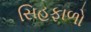
સિહફાળો